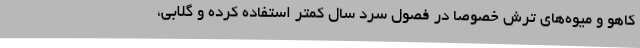
کاهو و میوه‌های ترش خصوصا در فصول سرد سال کمتر استفاده کرده و گلابی،